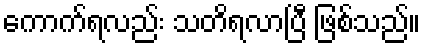
ကောက်ရလည်း သတိရလာပြီ ဖြစ်သည်။